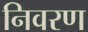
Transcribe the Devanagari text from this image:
निवरण